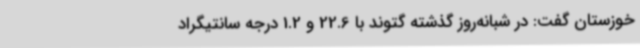
خوزستان گفت: در شبانه‌روز گذشته گتوند با 22.6 و 1.2 درجه سانتیگراد